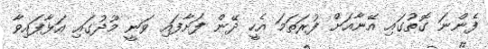
ފެންނަ ގޮތުގައި އޭނާއަށް ފުރަތަމަ އެހީ ދޭން ފަށާފައި ވަނީ މޫދުގައި އަޅާފައިވާ